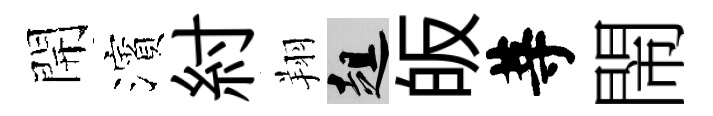
開濱紂翔趄皈䓁閙